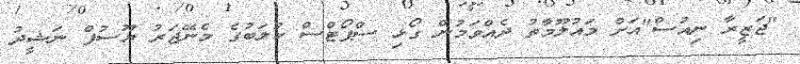
"ޖަޒީރާ ނިއުސް"އަށް މައުލޫމާތު ދެއްވަމުން ގޯޅި ސްޕޯޓްސް ކުލަބުގެ މެނޭޖަރު ޔޫސުފް ނަޝީދު